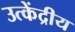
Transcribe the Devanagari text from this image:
उत्केंद्रीय